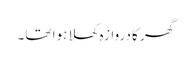
گھر کا دروازہ کھلا ہوا تھا۔